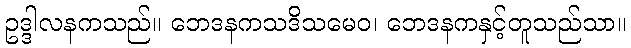
ဥဒ္ဒါလနကသည်။ ဘေဒနကသဒိသမေဝ၊ ဘေဒနကနှင့်တူသည်သာ။